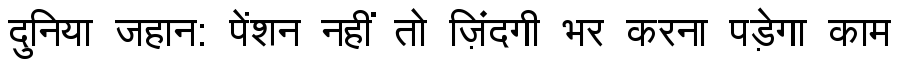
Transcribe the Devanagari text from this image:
दुनिया जहान: पेंशन नहीं तो ज़िंदगी भर करना पड़ेगा काम